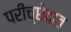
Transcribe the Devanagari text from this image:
परीच्छेदात